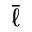
\bar { \ell }